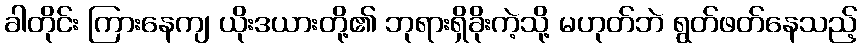
ခါတိုင်း ကြားနေကျ ယိုးဒယားတို့၏ ဘုရားရှိခိုးကဲ့သို့ မဟုတ်ဘဲ ရွတ်ဖတ်နေသည့်